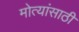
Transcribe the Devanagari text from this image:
मोत्यांसाठी